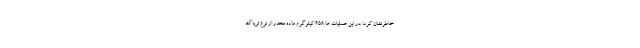
خاطرنشان کرد: در این عملیات ها ۶۵۸ کیلوگرم ماده مخدر از نوع تریاک